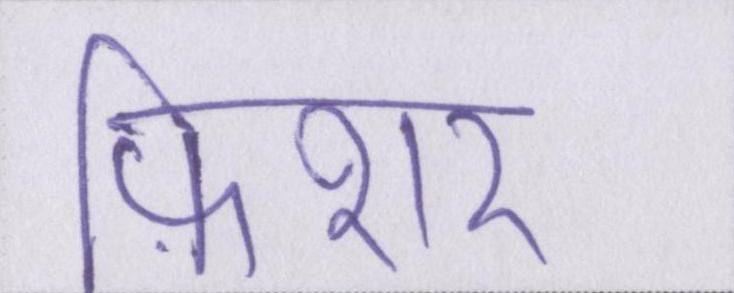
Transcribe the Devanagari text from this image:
फ़िशर